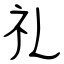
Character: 礼